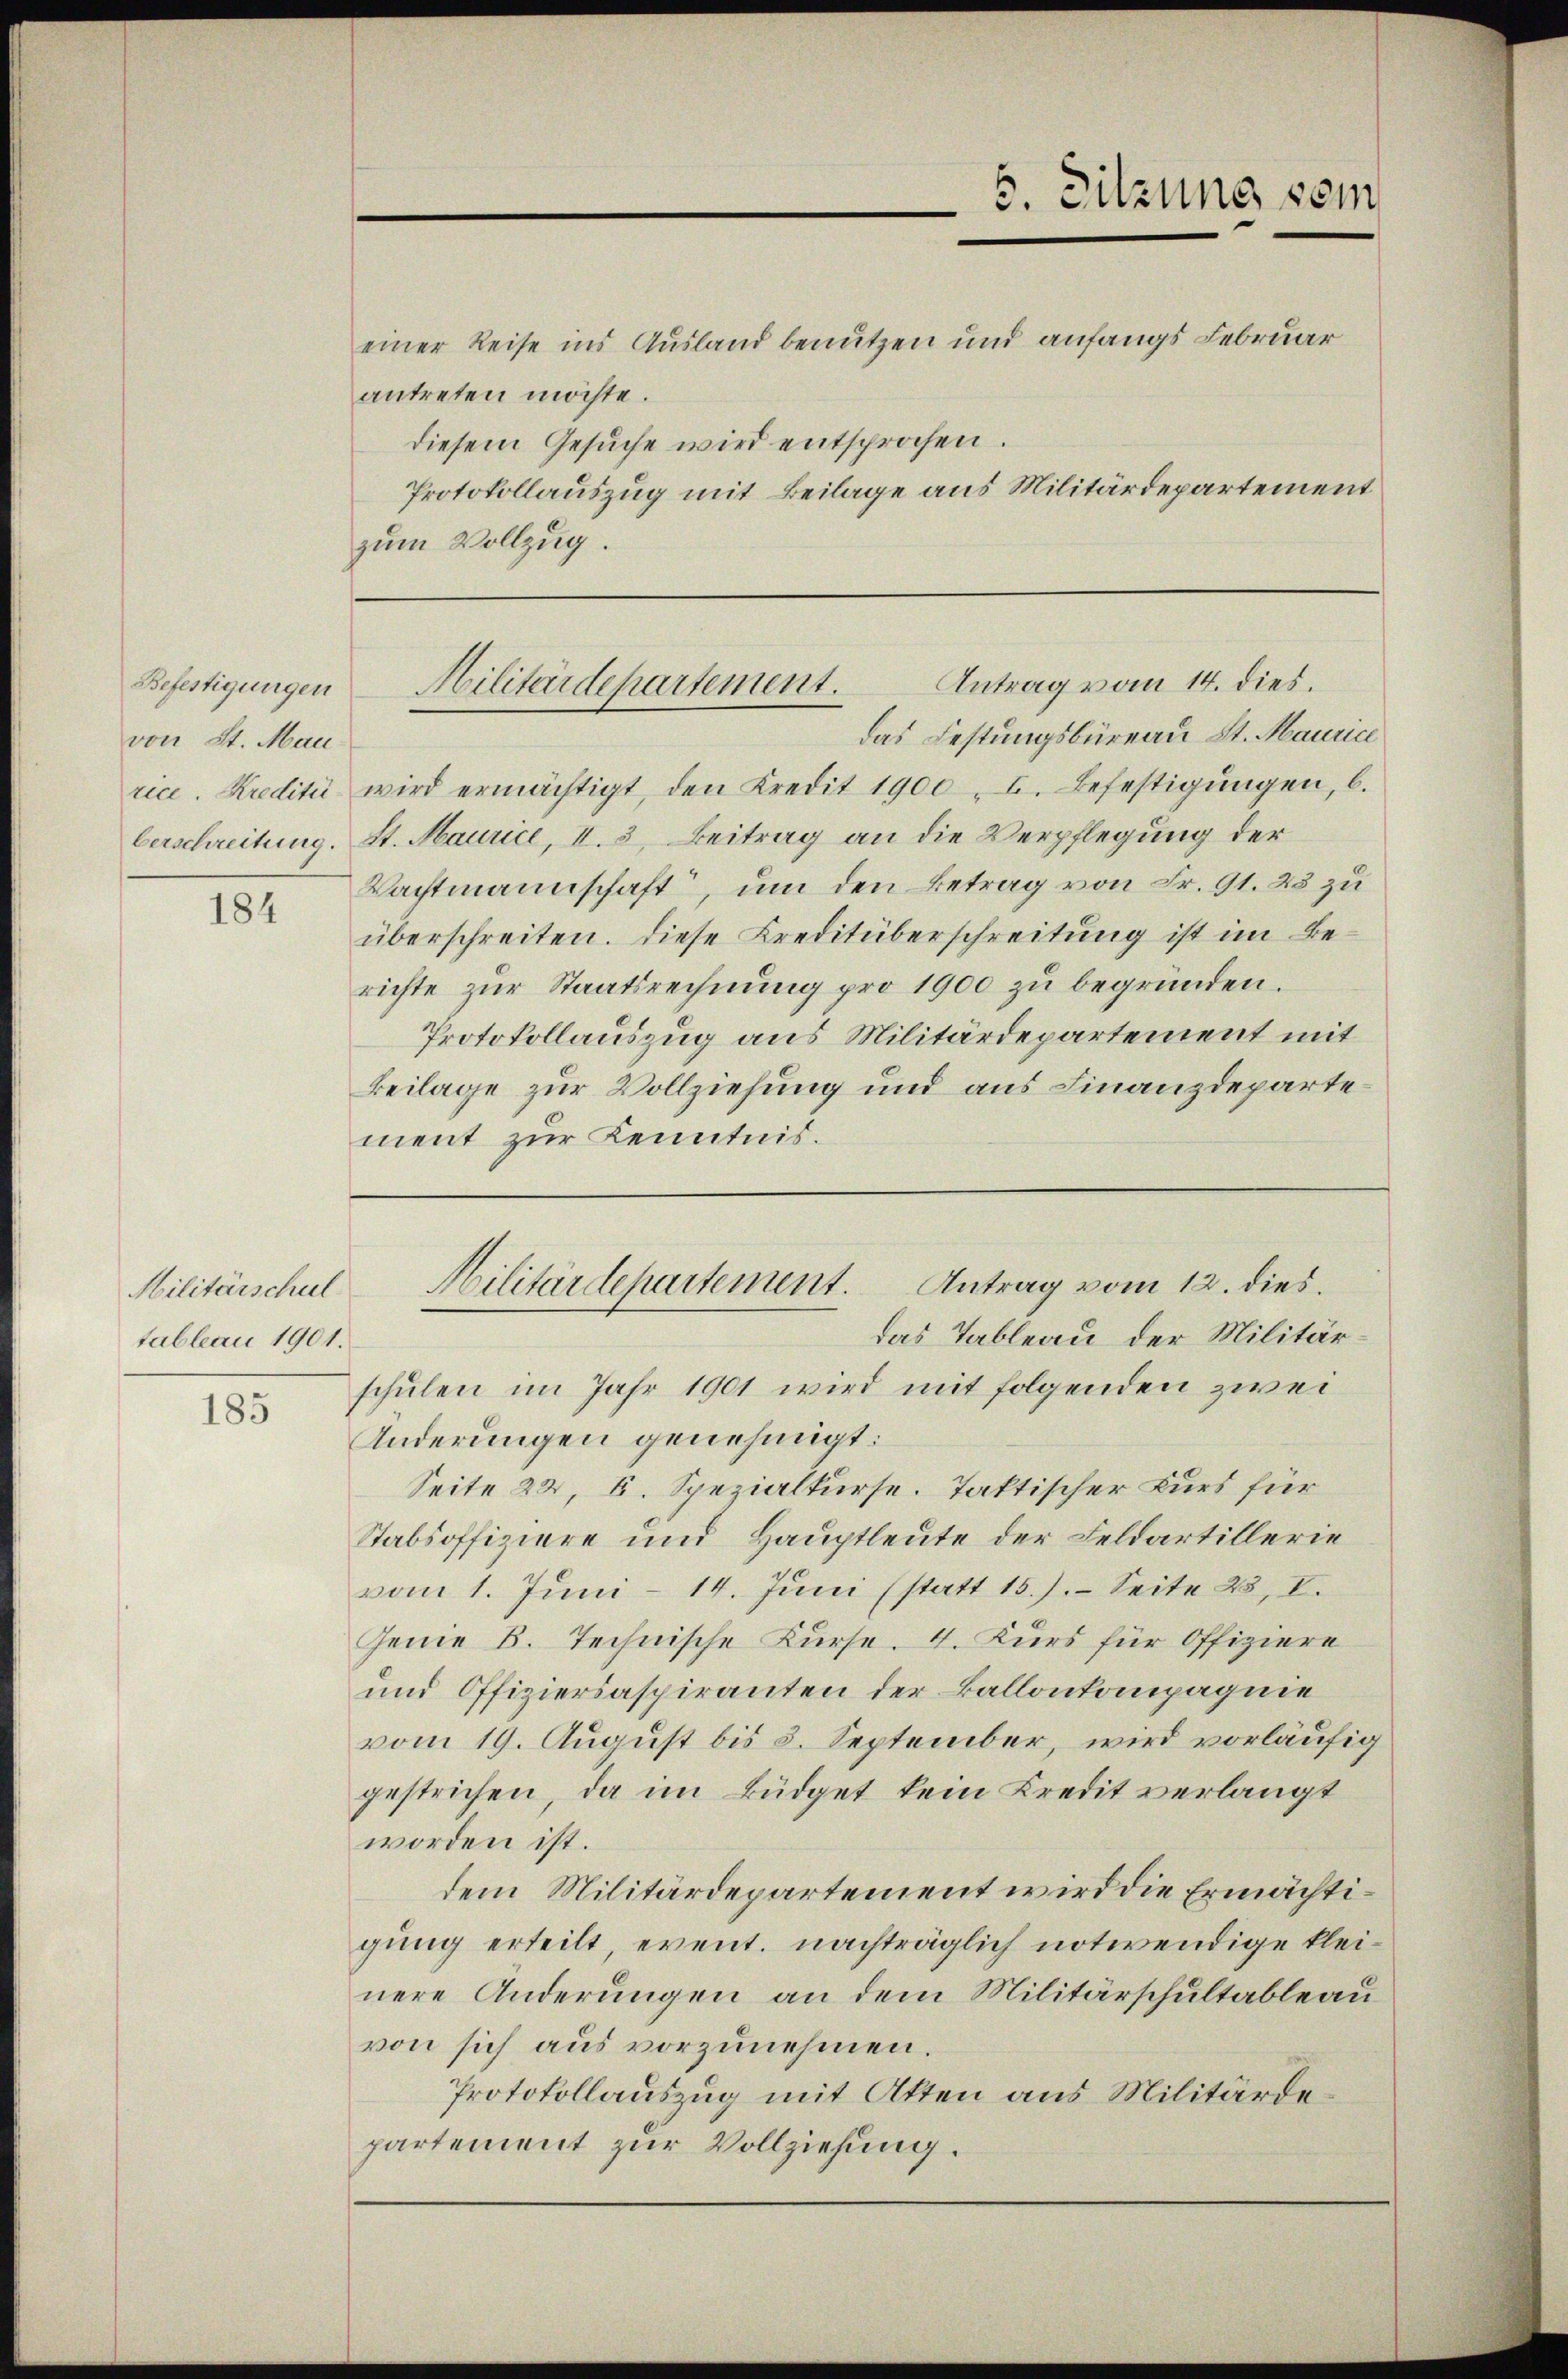
Befestigungen
von St. Mau

184

Militärschul
tableau 1901.

185

antreten möchte.
diesem Gesuche wird entsprochen.
Protokollauszug mit Beilage aus Militärdepartement
zum Vollzug

das Festungsbüreau St. Maurici
rice. Krediti wird ermächtigt, den Kredit 1900. I. Befestigŭngen, b.
berschreitung. St. Maurice, II. 3. Beitrag an die Verpflegung der
Wachtmannschaft, um den Betrag von Fr. 91. 23 zu
überschreiten. Diese Kreditüberschreitung ist im Berichte zur Staatsrechnung pro 1900 zu begründen.
Protokollauszug aus Militärdepartement mit
Beilage zur Vollziehung und aus Finanzdeparte
ment zur Kenntnis.

5. Sitzung sein

einer Reise ins Ausland benutzen und anfangs Februar

Antrag vom 14. dies.
Militärdepartement.

das Tableau der Militärschulen im Jahr 1901 wird mit folgenden zwei
Änderungen genehmigt:
Seite 22, E. Spezialkurse. Taktischer Kurs für
Stabsoffiziere und Hauptleute der Feldartillerie
vom 1. Juni - 14. Juni (statt 15.).- Seite 23, I.
Genie B. Technische Kurse. 4. Kurs für Offiziere
und Offiziersaspiranten der Ballonkompagnie
vom 19. August bis 3. September, wird vorläufig
gestrichen, da im Büdget kein Kredit verlangt
worden ist.
dem Militärdepartement wird die Ermächtigung erteilt, event. nachträglich notwendige kleinere Änderungen an dem Militärschultableau
von sich aus vorzunehmen.
Protokollauszug mit Atten aus Militärdepartement zur Vollziehung.

Militärdepartement. Antrag vom 12. dies.